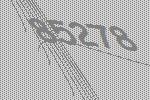
85278